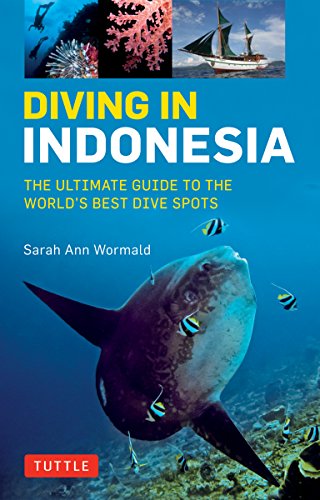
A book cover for Diving in Indonesia: The Ultimate Guide to the World's Best Dive Spots: Bali, Komodo, Sulawesi, Papua, and more; Sarah Ann Wormald; Sports & Outdoors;